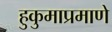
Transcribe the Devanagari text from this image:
हुकुमाप्रमाणे